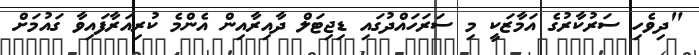
"ދިވެހި ސަރުކާރުގެ އަމާޒަކީ މި ސަރަހައްދުގައި ޑިޖިޓަލް ދާއިރާއިން އެންމެ ކުރިއަރާފައިވާ ގައުމަށް